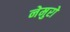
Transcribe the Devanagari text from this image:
नेमुरो